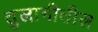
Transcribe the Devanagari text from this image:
तुलागीतील